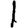
Digit: 1